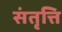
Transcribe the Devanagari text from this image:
संतृत्ति